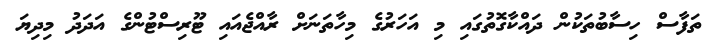
ތަފާސް ހިސާބުތަކުން ދައްކާގޮތުގައި މި އަހަރުގެ މިހާތަނަށް ރާއްޖެއައި ޓޫރިސްޓުންގެ އަދަދު މިދިޔަ